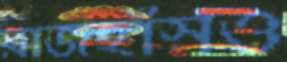
রাজহাঁসও